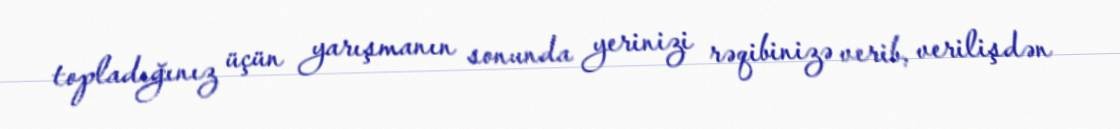
topladığınız üçün yarışmanın sonunda yerinizi rəqibinizə verib, verilişdən